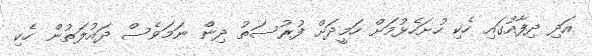
އަދި ދިފާއުގައި ހެކި ހުށަހެޅުމަށް ހަމީދަށް ފުރުސަތު ދިން ނަމަވެސް ދައުލަތުން ހެކި